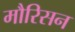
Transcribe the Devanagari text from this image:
मौरिसन